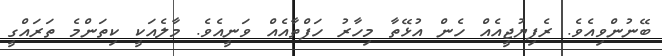
ބޭނުންވިއެވެ. ރެފިޔުޖީއެއް ހެން އުޅޭތާ މިހާރު ހަފްތާއެއް ވަނީއެވެ. މާލެއަކީ ކިތަންމެ ތަރައްގީ